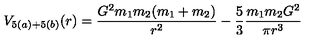
V _ { 5 ( a ) + 5 ( b ) } ( r ) = \frac { G ^ { 2 } m _ { 1 } m _ { 2 } ( m _ { 1 } + m _ { 2 } ) } { r ^ { 2 } } - \frac 5 3 \frac { m _ { 1 } m _ { 2 } G ^ { 2 } } { \pi r ^ { 3 } }